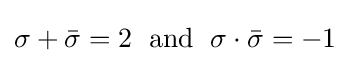
\sigma +{\bar {\sigma }}=2\;{\text{ and }}\;\sigma \cdot {\bar {\sigma }}=-1